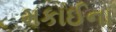
મકાઈના